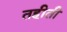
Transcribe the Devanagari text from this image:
तहीती